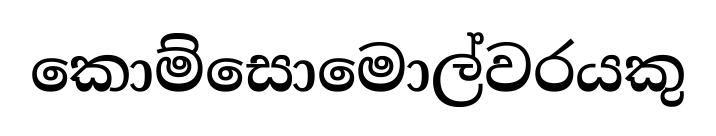
කොම්සොමොල්වරයකු